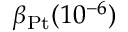
\beta _ { \mathrm { P t } } ( 1 0 ^ { - 6 } )